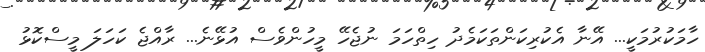
ހާމަކުރުމަކީ... އޭނާ އެކުރިކަންތަކަމެދު ހިތްހަމަ ނުޖެހޭ މީހުންވެސް އުޅޭނެ... ރާއްޖެ ކަހަލަ މީސްކޮޅު